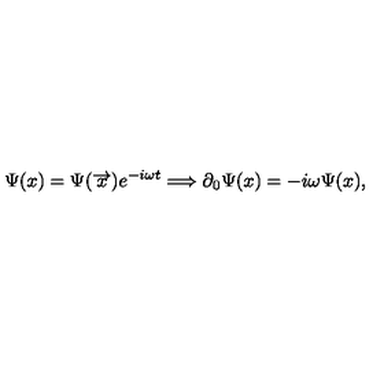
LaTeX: \Psi ( x ) = \Psi ( \overrightarrow { x } ) e ^ { - i \omega t } \Longrightarrow \partial _ { 0 } \Psi ( x ) = - i \omega \Psi ( x ) ,